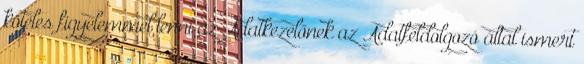
köteles figyelemmel lenni az Adatkezelőnek az Adatfeldolgozó által ismert